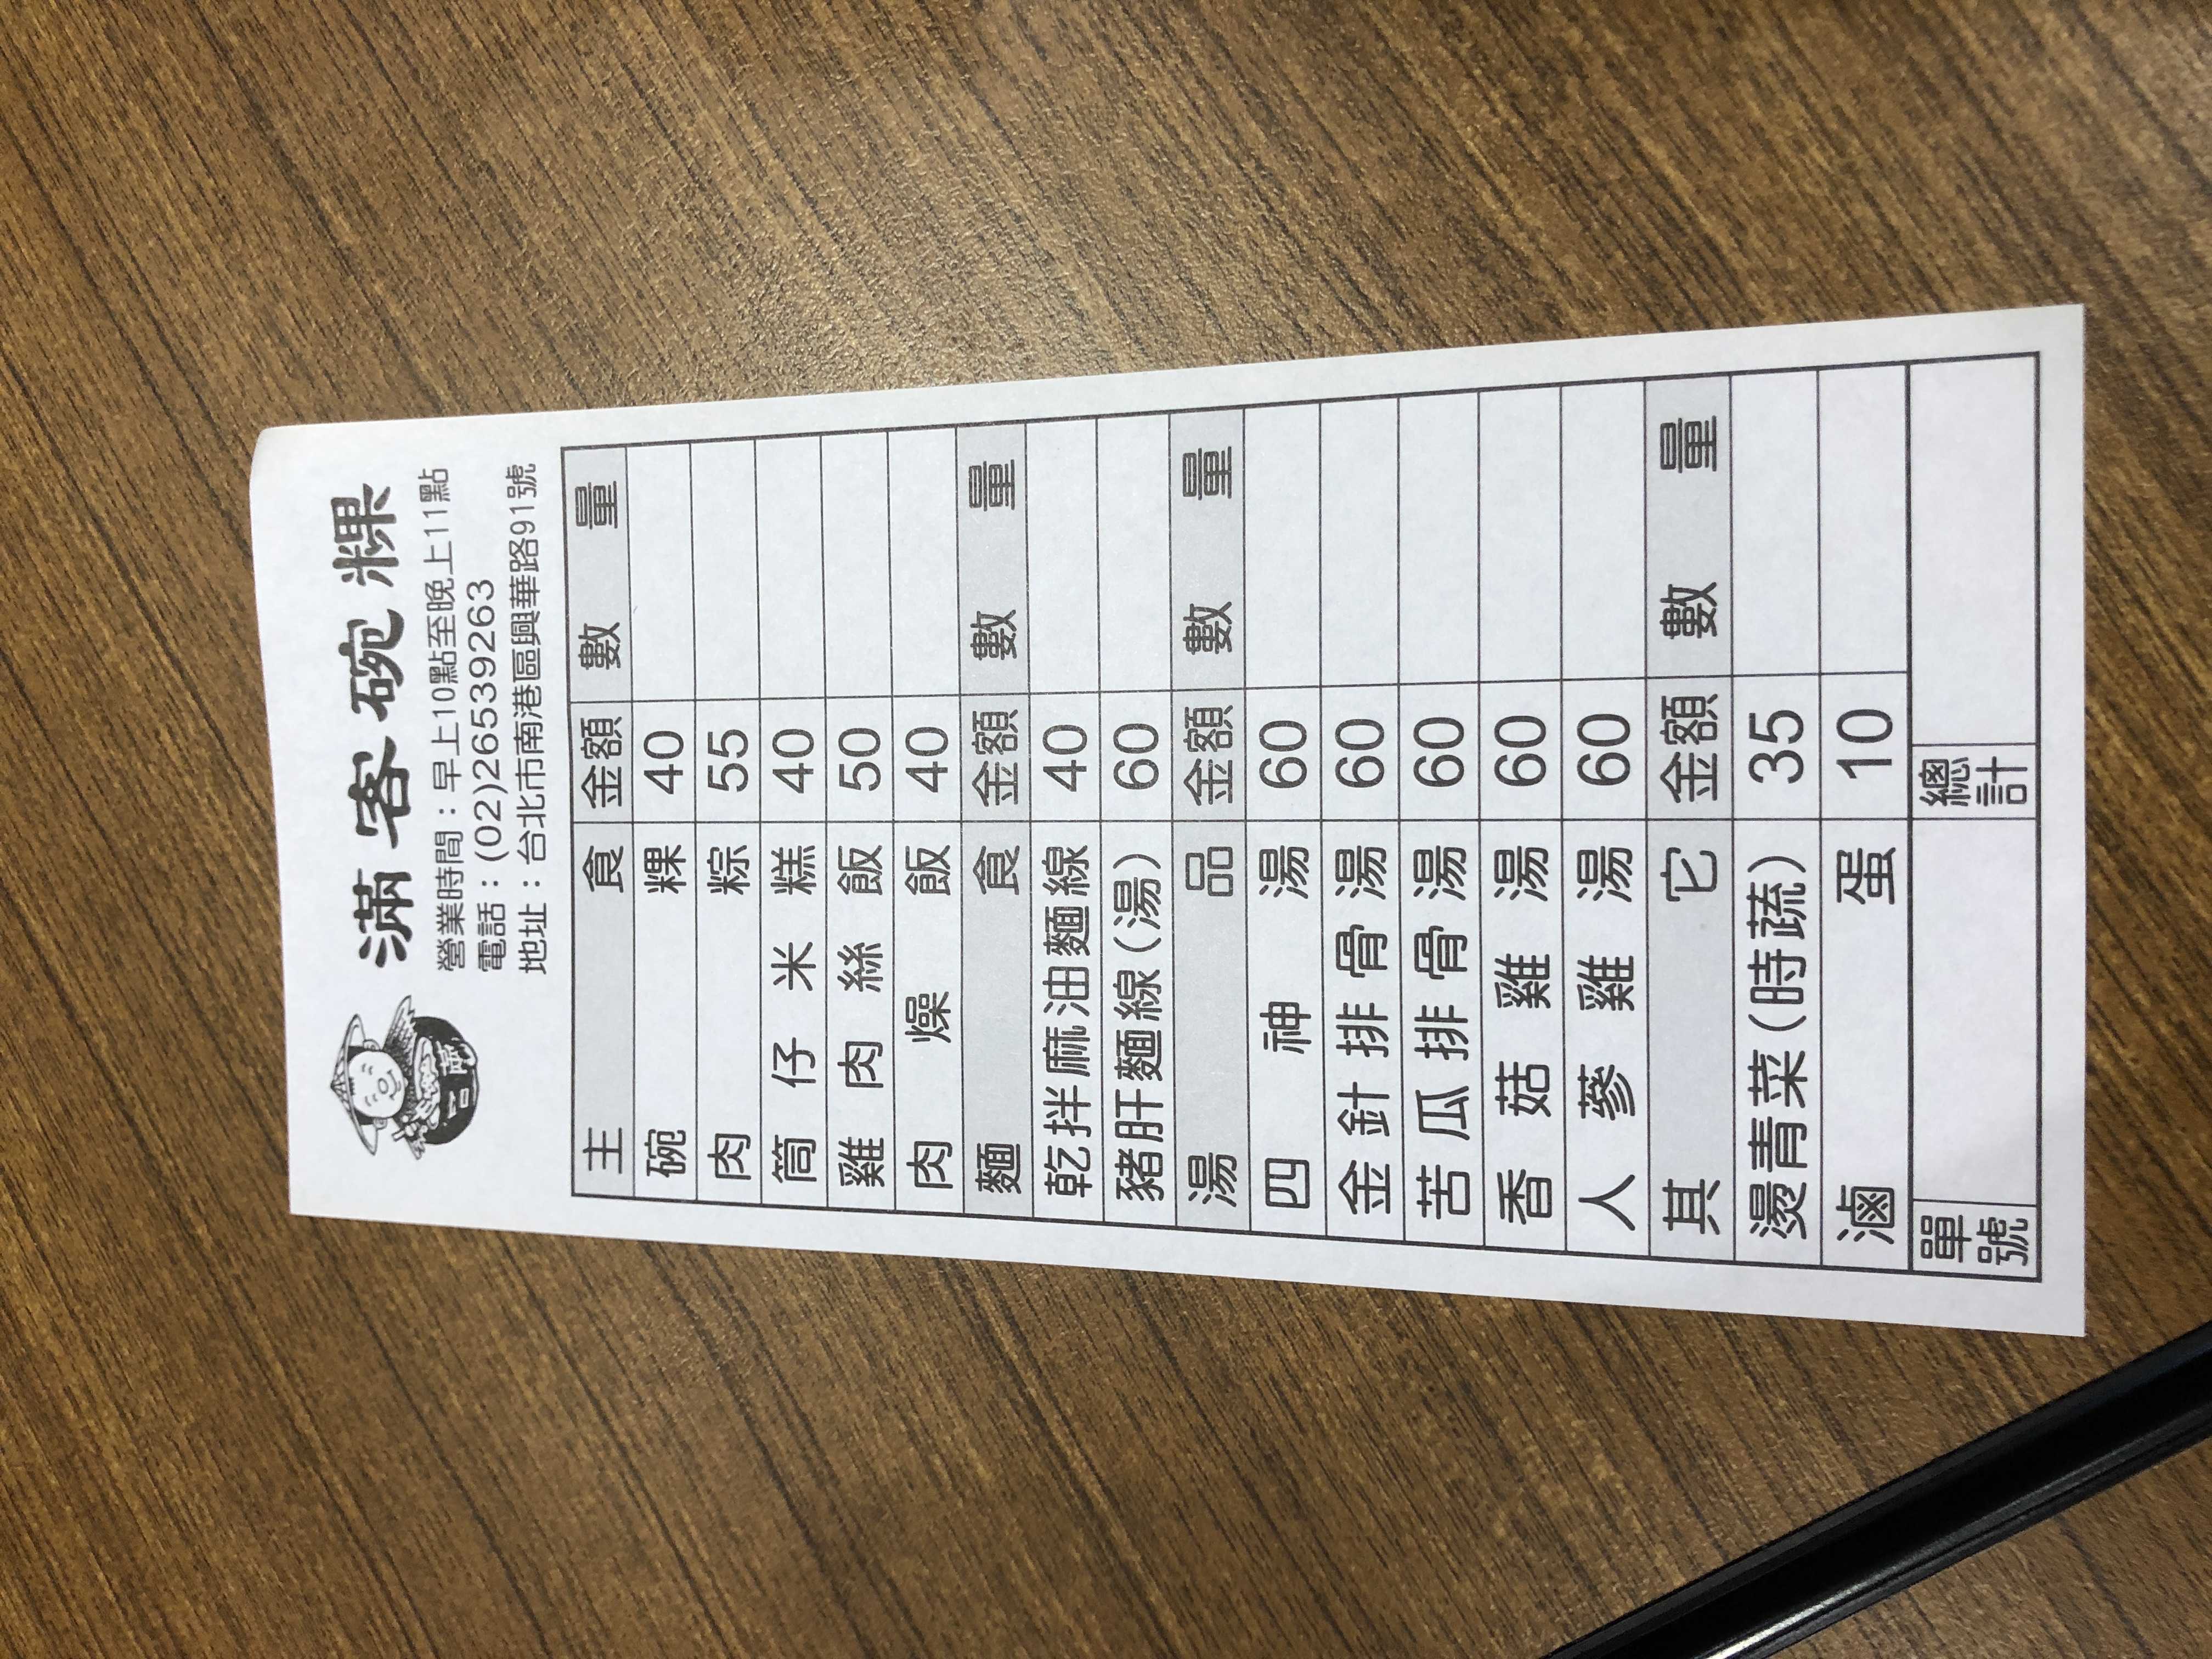
餐廳：滿客碗粿
地址：台北市南港區興華路91號
電話：(02)26539263
營業時間：早上10點至晚上11點
菜單：
name: 碗粿
price: 40
name: 肉粽
price: 55
name: 筒仔米糕
price: 40
name: 雞肉飯
price: 50
name: 肉燥飯
price: 40
name: 乾拌麻油麵線(湯)
price: 60
name: 豬肝麵線(湯)
price: 60
name: 四神湯
price: 60
name: 金針排骨湯
price: 60
name: 苦瓜排骨湯
price: 60
name: 香菇雞湯
price: 60
name: 人蔘雞湯
price: 60
name: 燙青菜(時蔬)
price: 35
name: 蛋
price: 10